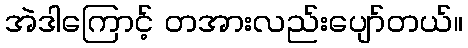
အဲဒါကြောင့် တအားလည်းပျော်တယ်။